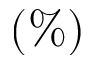
( \% )